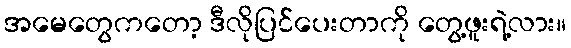
အမေတွေကတော့ ဒီလိုပြင်ပေးတာကို တွေ့ဖူးရဲ့လား။